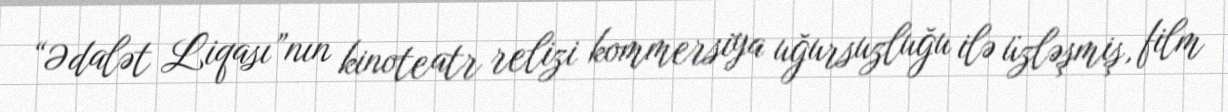
“Ədalət Liqası”nın kinoteatr relizi kommersiya uğursuzluğu ilə üzləşmiş, film